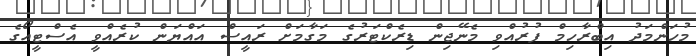
މުހަންމަދު އިބްރާހިމް ފުރުއްވި މެނޭޖިން ޑިރެކްޓަރުގެ މަގާމަށް ރައީސް އައްޔަން ކުރެއްވީ އެސްޓީއޯގެ